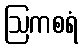
ဩကစရံ